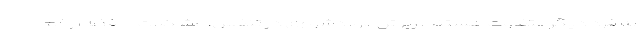
به فرد دیگر متفاوت هستند. ریزش مو، دشواری در تنفس، مشکلات حافظه، زخم